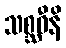
သစ္ဆဝီနိ